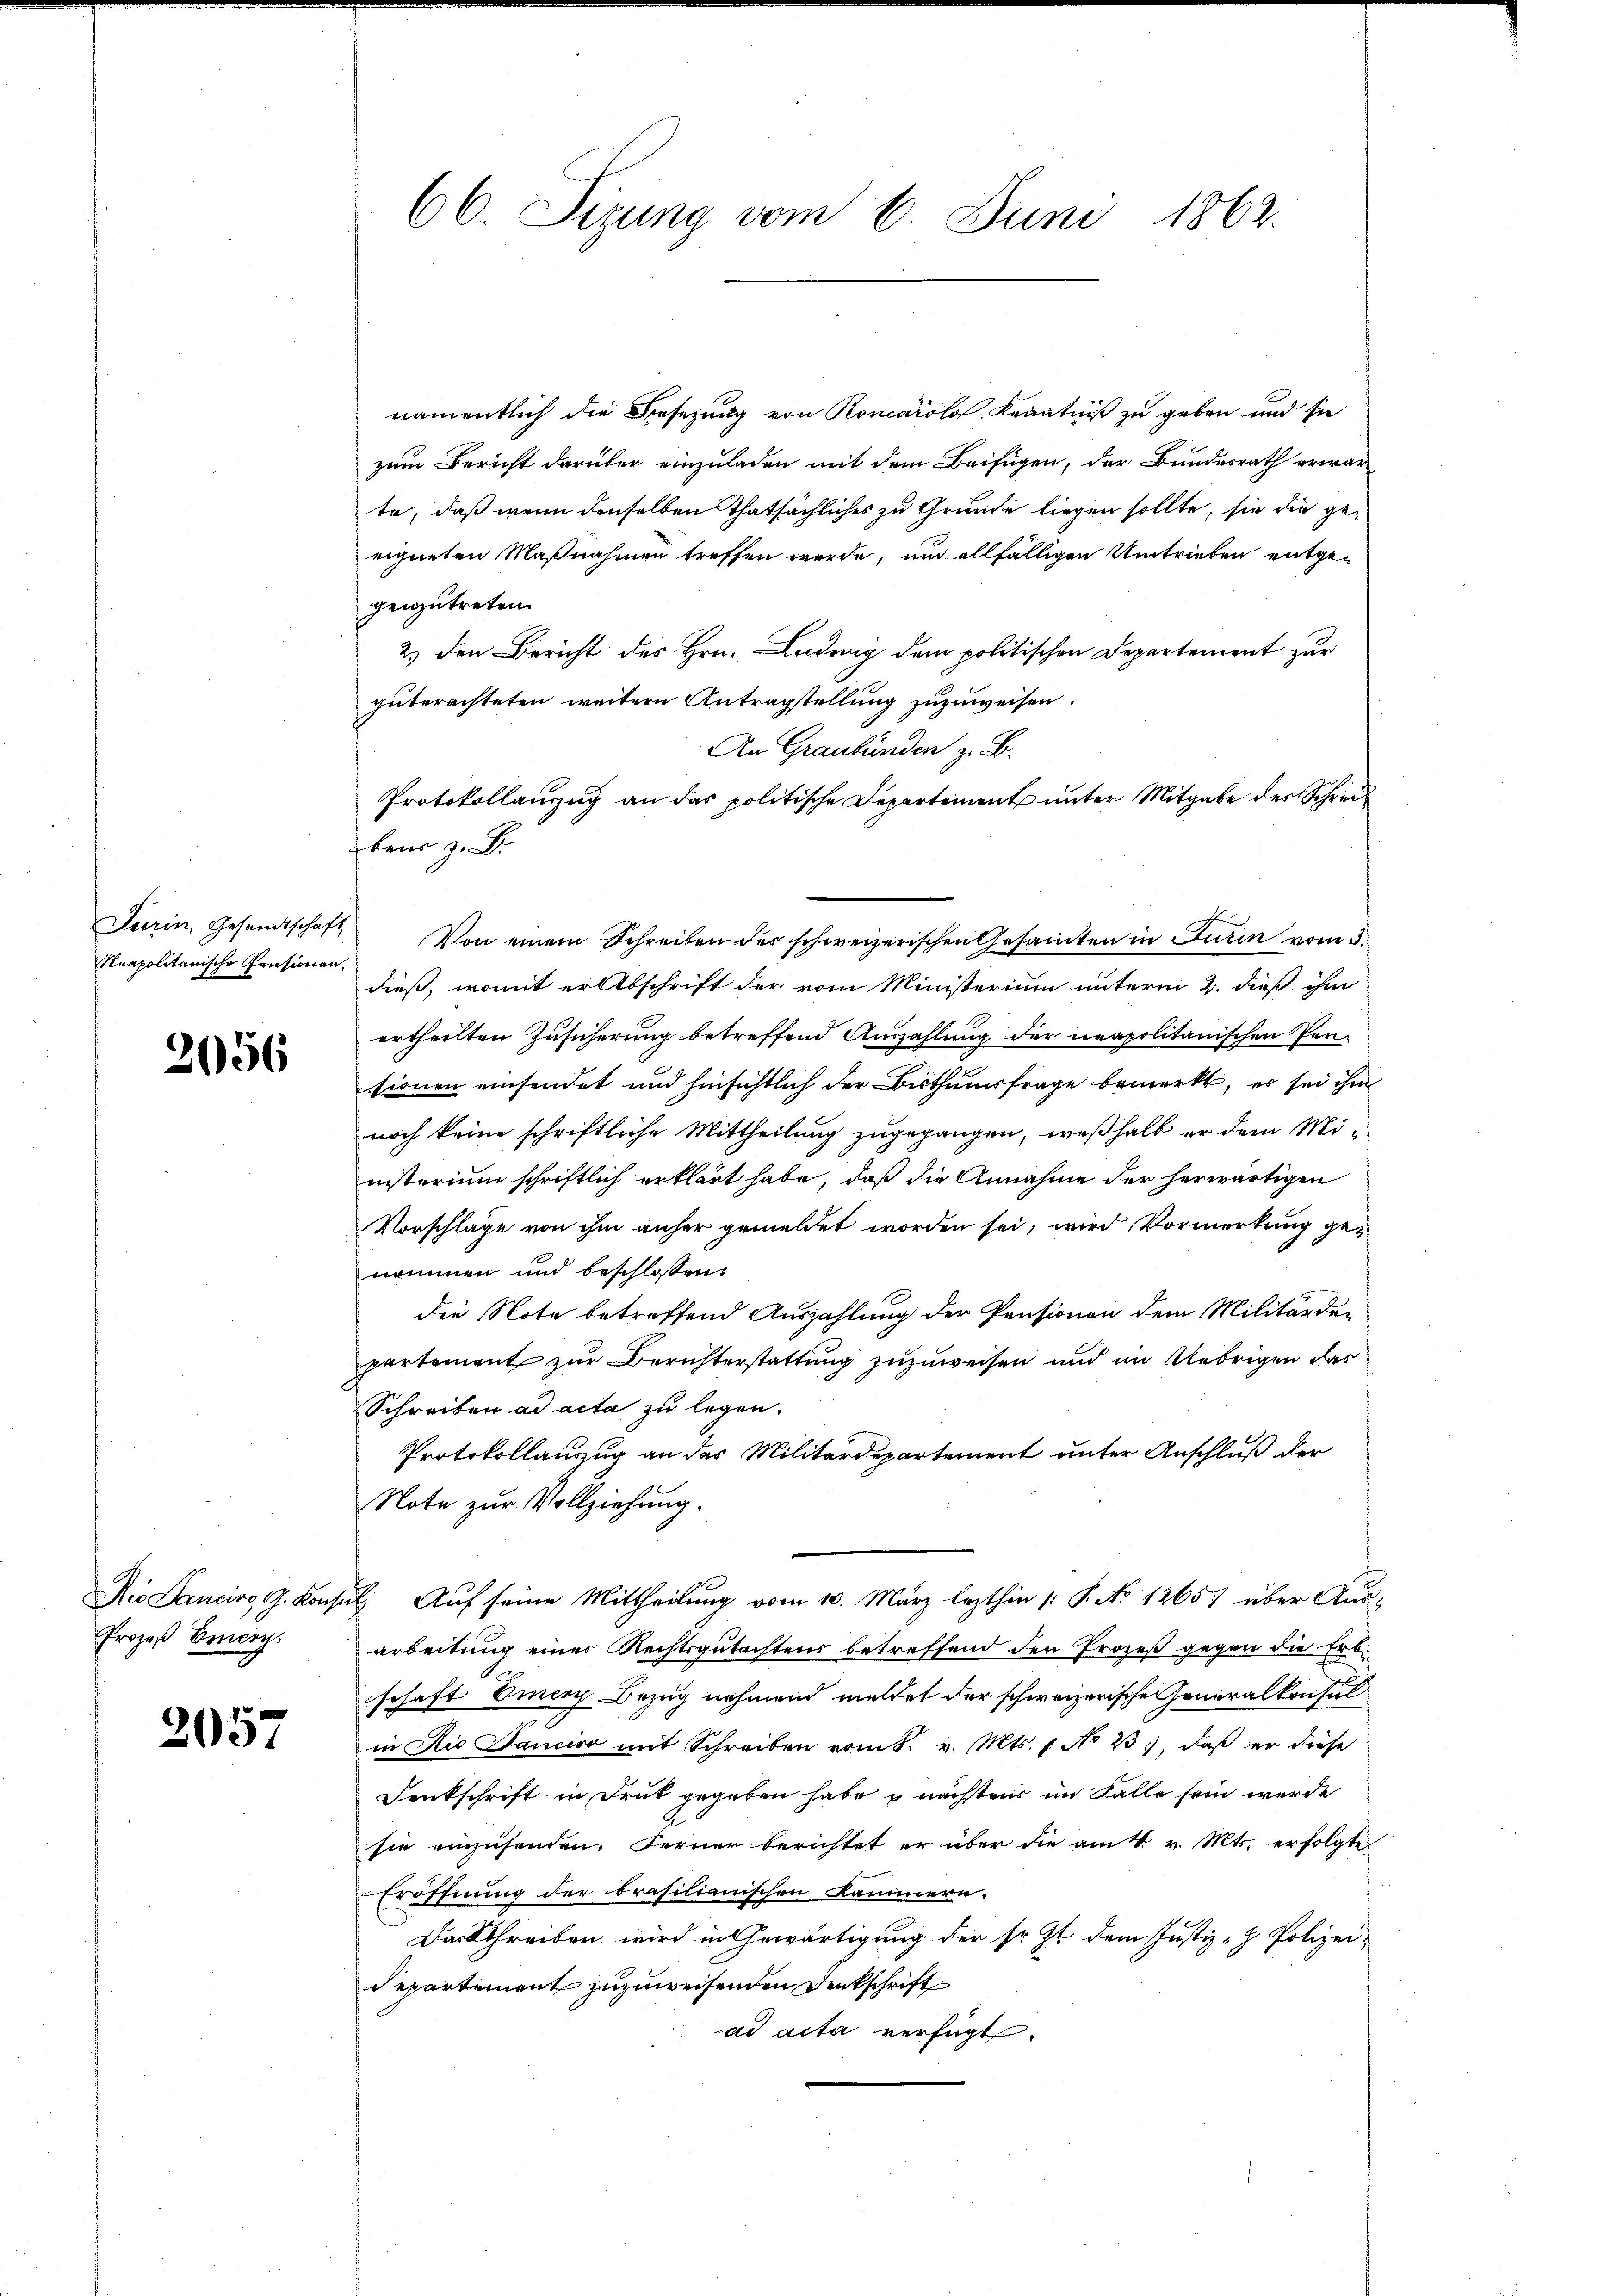
Turin, Gesandtschaft
Neapolitanische Pensionen.

2056

Nie Dancirs, G. Konse
Prozeß Ernen.

2057

66. Sizung vom 6. Juni 1862.

namentlich die Besetzung von Roncarolo, Krantniß zu geben und sie
zum Bericht darüber einzuladen mit dem Beifügen, der Bundesrath erwar
te, daß wenn denselben thatsächliches zu Grunde liegen sollte, sie die geeigneten Maßnahmen treffen werde, und allfälligen Umtrieben entgegenzutreten.
2.) den Bericht des Hrn. Ludwig dem politischen Departement zur
guterachteten weitere Antragstellung zuzuweisen.
An Graubünden z. B.
Protokollanzug an das politische Departement unter Mitgabe des Schreibens z. B.
Von einem Schreiben des schweizerischen Gesamten in Turin vom 3.
dieß, womit er Abschrift der vom Ministerium unterm 2. dieß ihm
ertheilten Zusicherung betreffend Auszahlung der neapolitanischen Pensionen einsendet und hinsichtlich der Bisthumsfrage bemerkt, es sei ihm
noch keine schriftliche Mittheilung zugegangen, weßhalb er dem Ministerium schriftlich erklärt habe, daß die Annahme der herwärtigen
Vorschläge von ihm anher gemeldet worden sei, wird Vormerkung genommen und beschlossen:
die Note betreffend Auszahlung der Pensionen dem Militärder
partement zur Berichterstattung zuzuweisen und im Uebrigen das
Schreiben ad acta zu legen.
Protokollanzug an das Militärdepartement unter Anschluß der
Note zur Vollziehung.
d. Auf seine Mittheilung vom 10. März lezthin 1 S. No 1265) über Aus-
arbeitung einer Rechtsgutachtens betreffend den Prozeß gegen die Erb-
schaft Einer Bezug nehmend meldet der schweizerische Generalkonsul
in die Janeiro mit Schreiben vom 8. v. Mts. 1. No 23., daß er diese
Denkschrift in Druk gegeben habe u nächstens im Falle sein werde
sie einzusenden. Ferner berichtet er über die am 4. v. Mts. erfolgte
Eröffnung der brasilianischen Kammern.
Das Schreiben wird in Gewärtigung der sr. Zt. dem Justiz - Polizeidepartement zuzuweisenden Denkschrift
ad acta verfügt.